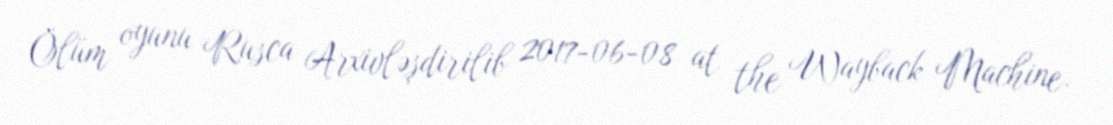
Ölüm oyunu Rusca Arxivləşdirilib 2017-06-08 at the Wayback Machine.